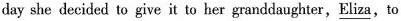
day she decided to give it o her granddaughter,\underline{Eliza},to